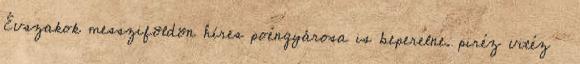
Évszakok messziföldön híres poéngyárosa is beperelne. piréz vitéz